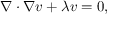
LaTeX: \nabla \cdot \nabla v + \lambda v = 0 ,